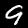
Digit: 9